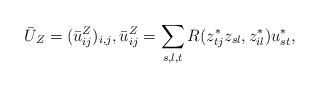
LaTeX: \begin{align*}\bar{U}_Z = (\bar{u}_{ij}^Z)_{i,j}, \bar{u}_{ij}^Z = \sum_{s,l,t} R(z_{tj}^*z_{sl}, z_{il}^*)u_{st}^*,\end{align*}